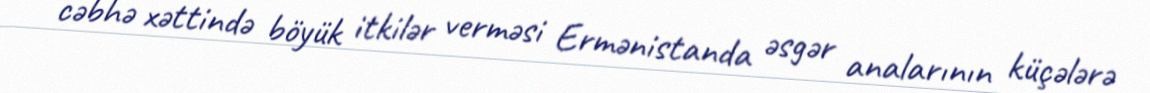
cəbhə xəttində böyük itkilər verməsi Ermənistanda əsgər analarının küçələrə